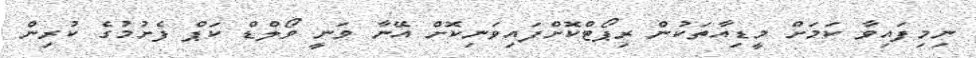
ނިމިފައިވާ ކަމަށް މީޑިއާތަކުން ރިޕޯޓްކޮށްފައިވަނިކޮށް އޭނާ ވަނީ ވޯލްޑް ކަޕް ފެށުމުގެ ކުރިން